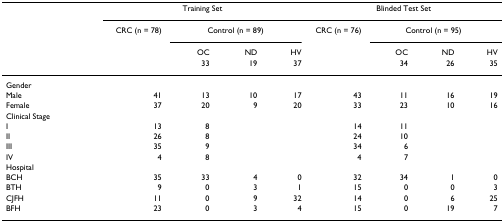
<table><thead><tr><td></td><td colspan="4"><b>Training Set</b></td><td colspan="4"><b>Blinded Test Set</b></td></tr><tr><td></td><td><b>CRC (n = 78)</b></td><td colspan="3"><b>Control (n = 89)</b></td><td><b>CRC (n = 76)</b></td><td colspan="3"><b>Control (n = 95)</b></td></tr><tr><td></td><td></td><td><b>OC</b></td><td><b>ND</b></td><td><b>HV</b></td><td></td><td><b>OC</b></td><td><b>ND</b></td><td><b>HV</b></td></tr><tr><td></td><td></td><td><b>33</b></td><td><b>19</b></td><td><b>37</b></td><td></td><td><b>34</b></td><td><b>26</b></td><td><b>35</b></td></tr></thead><tbody><tr><td>Gender</td><td></td><td></td><td></td><td></td><td></td><td></td><td></td><td></td></tr><tr><td>Male</td><td>41</td><td>13</td><td>10</td><td>17</td><td>43</td><td>11</td><td>16</td><td>19</td></tr><tr><td>Female</td><td>37</td><td>20</td><td>9</td><td>20</td><td>33</td><td>23</td><td>10</td><td>16</td></tr><tr><td>Clinical Stage</td><td></td><td></td><td></td><td></td><td></td><td></td><td></td><td></td></tr><tr><td>I</td><td>13</td><td>8</td><td></td><td></td><td>14</td><td>11</td><td></td><td></td></tr><tr><td>II</td><td>26</td><td>8</td><td></td><td></td><td>24</td><td>10</td><td></td><td></td></tr><tr><td>III</td><td>35</td><td>9</td><td></td><td></td><td>34</td><td>6</td><td></td><td></td></tr><tr><td>IV</td><td>4</td><td>8</td><td></td><td></td><td>4</td><td>7</td><td></td><td></td></tr><tr><td>Hospital</td><td></td><td></td><td></td><td></td><td></td><td></td><td></td><td></td></tr><tr><td>BCH</td><td>35</td><td>33</td><td>4</td><td>0</td><td>32</td><td>34</td><td>1</td><td>0</td></tr><tr><td>BTH</td><td>9</td><td>0</td><td>3</td><td>1</td><td>15</td><td>0</td><td>0</td><td>3</td></tr><tr><td>CJFH</td><td>11</td><td>0</td><td>9</td><td>32</td><td>14</td><td>0</td><td>6</td><td>25</td></tr><tr><td>BFH</td><td>23</td><td>0</td><td>3</td><td>4</td><td>15</td><td>0</td><td>19</td><td>7</td></tr></tbody></table>